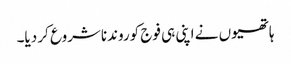
ہاتھیوں نے اپنی ہی فوج کوروندناشروع کر دیا۔